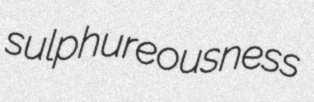
sulphureousness